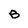
Character: B